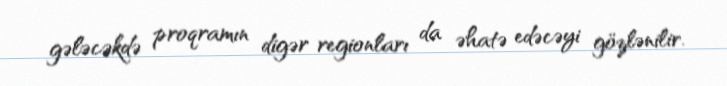
gələcəkdə proqramın digər regionları da əhatə edəcəyi gözlənilir.